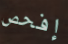
إفحص